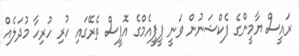
ރައީސް ޔާމީންގެ ފެކްޝަނުން ވަނީ ޕީޕީއެމްގެ އޮފީސް ތެރޭގައި ހުރި ހުރިހާ މުދަލެއް